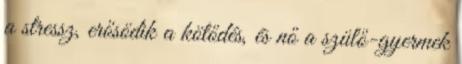
a stressz, erősödik a kötődés, és nő a szülő-gyermek